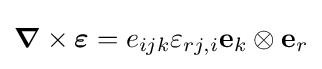
{\boldsymbol {\nabla }}\times {\boldsymbol {\varepsilon }}=e_{ijk}\varepsilon _{rj,i}\mathbf {e} _{k}\otimes \mathbf {e} _{r}